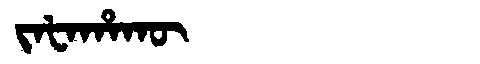
Manchu: ᠵᠠᡶᠠᡥᠠᡴᡡ
Romanization: JAFAHAKŪ